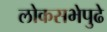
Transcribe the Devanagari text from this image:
लोकसभेपुढे